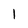
Character: I